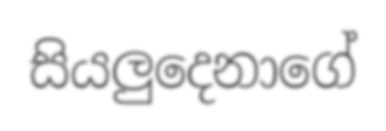
සියලුදෙනාගේ